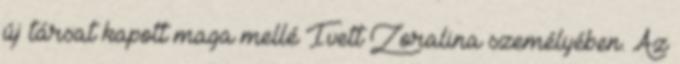
új társat kapott maga mellé Ivett Zoralina személyében. Az